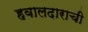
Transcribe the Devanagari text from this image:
हवालदाराची